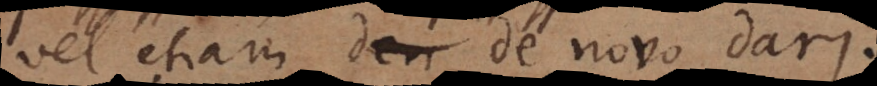
vel etiam de novo dari.